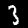
Label: 3